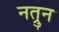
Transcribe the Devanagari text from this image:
नत्रुन